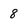
Character: 8